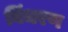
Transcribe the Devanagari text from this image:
विंचरण